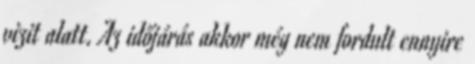
vizit alatt. Az időjárás akkor még nem fordult ennyire